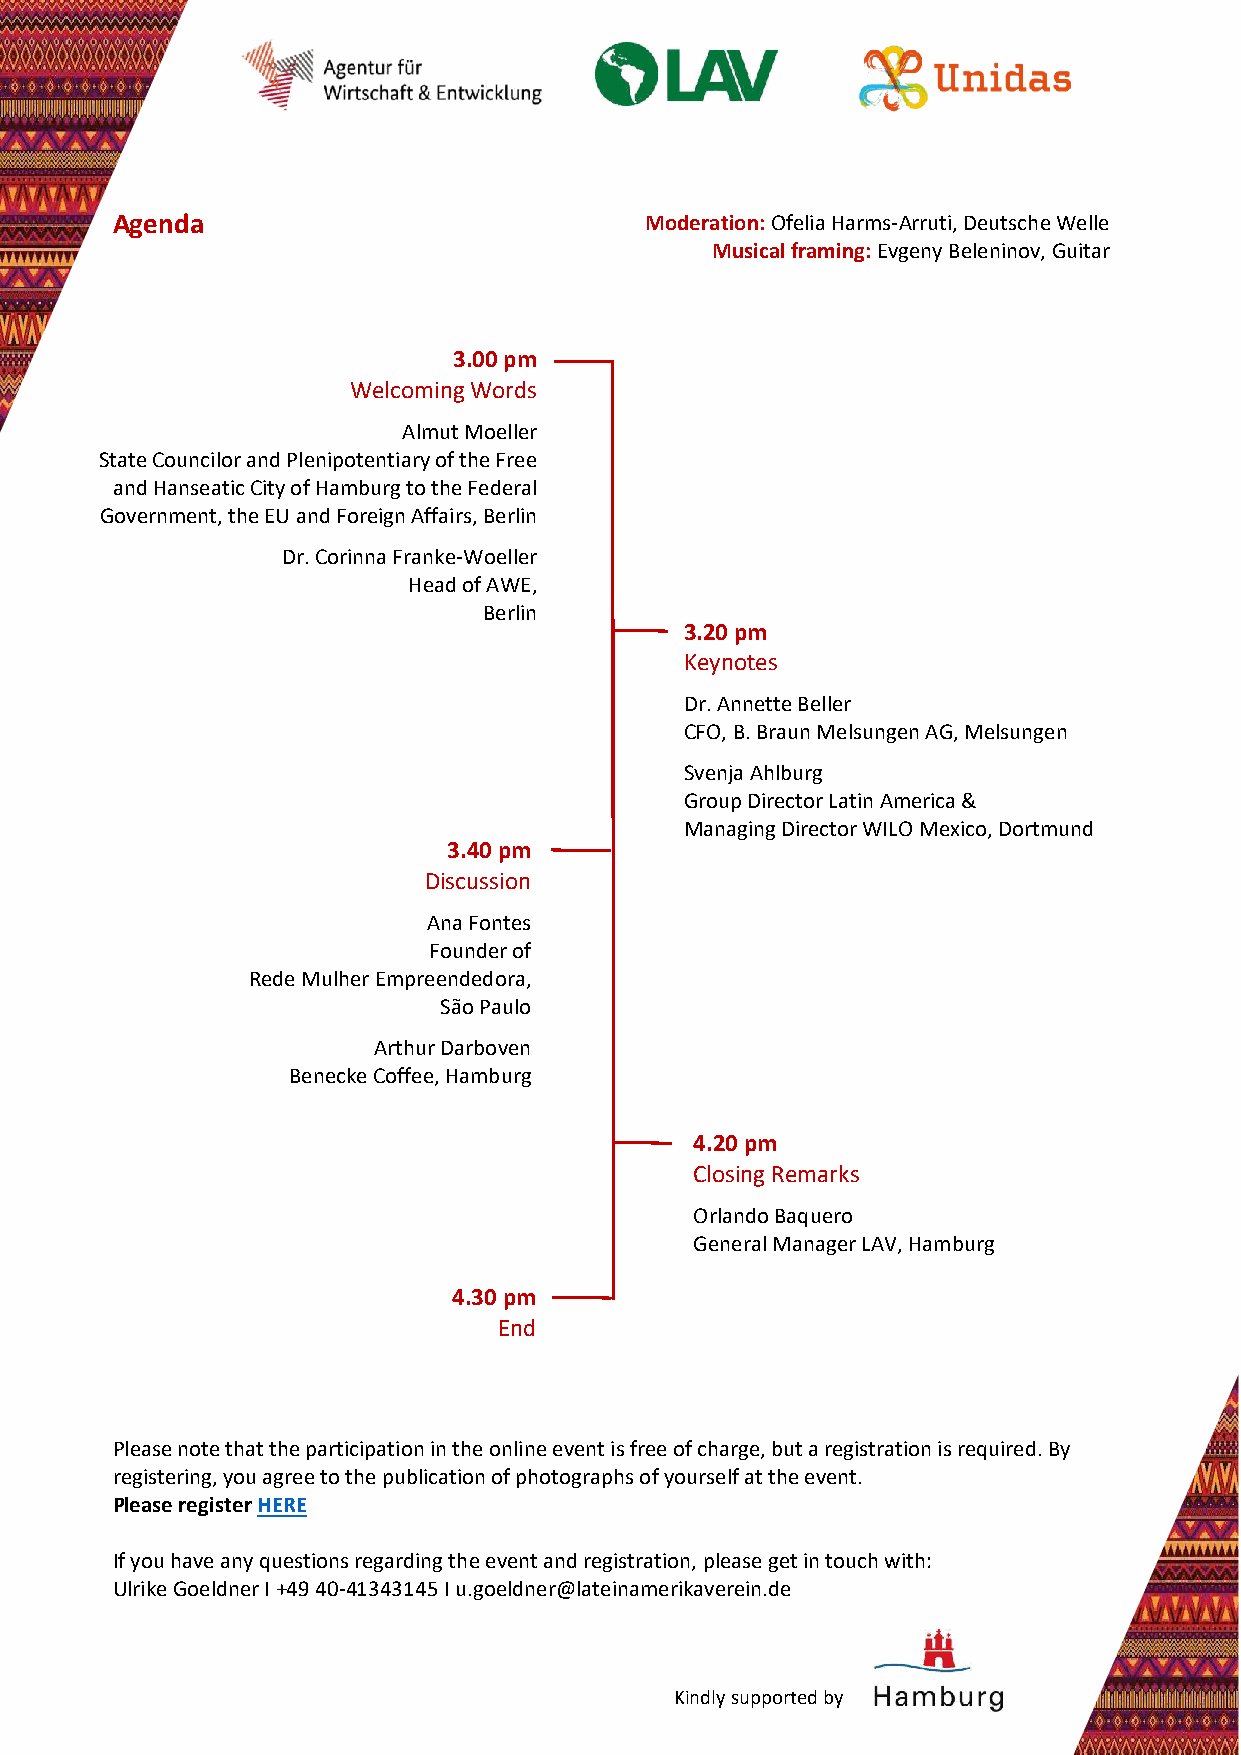
Agenda                              Moderation: Ofelia Harms-Arruti, Deutsche Welle
 Musical framing: Evgeny Beleninov, Guitar
 3.00 pm
 Welcoming Words
 Almut Moeller
 State Councilor and Plenipotentiary of the Free
 and Hanseatic City of Hamburg to the Federal
 Government, the EU and Foreign Affairs, Berlin
 Dr. Corinna Franke-Woeller
 Head of AWE,
 Berlin
 3.20 pm
 Keynotes
 Dr. Annette Beller
 CFO, B. Braun Melsungen AG, Melsungen
 Svenja Ahlburg
 Group Director Latin America &
 Managing Director WILO Mexico, Dortmund
 3.40 pm
 Discussion
 Ana Fontes
 Founder of
 Rede Mulher Empreendedora,
 São Paulo
 Arthur Darboven
 Benecke Coffee, Hamburg
 4.20 pm
 Closing Remarks
 Orlando Baquero
 General Manager LAV, Hamburg
 4.30 pm
 End
 Please note that the participation in the online event is free of charge, but a registration is required. By
 registering, you agree to the publication of photographs of yourself at the event.
 Please register HERE
 If you have any questions regarding the event and registration, please get in touch with:
 Ulrike Goeldner I +49 40-41343145 I u.goeldner@lateinamerikaverein.de
 Kindly supported by